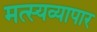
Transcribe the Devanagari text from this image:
मत्स्यव्यापार